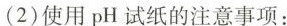
(2)使用pH试纸的注意事项：